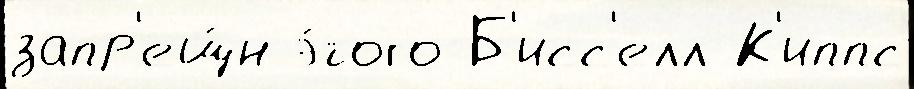
запр'ещ́н э́того Б'исс'елл К'иппс